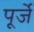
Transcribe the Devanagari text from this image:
पूर्जे